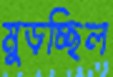
মুড়চ্ছিল